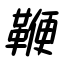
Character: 鞭